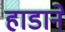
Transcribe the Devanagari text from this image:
हाडाने